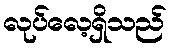
လုပ်လေ့ရှိသည်